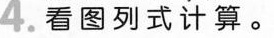
看图列式计算。